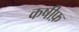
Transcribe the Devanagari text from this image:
कषीफ़